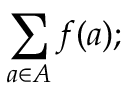
\sum _ { a \in A } f ( a ) ;